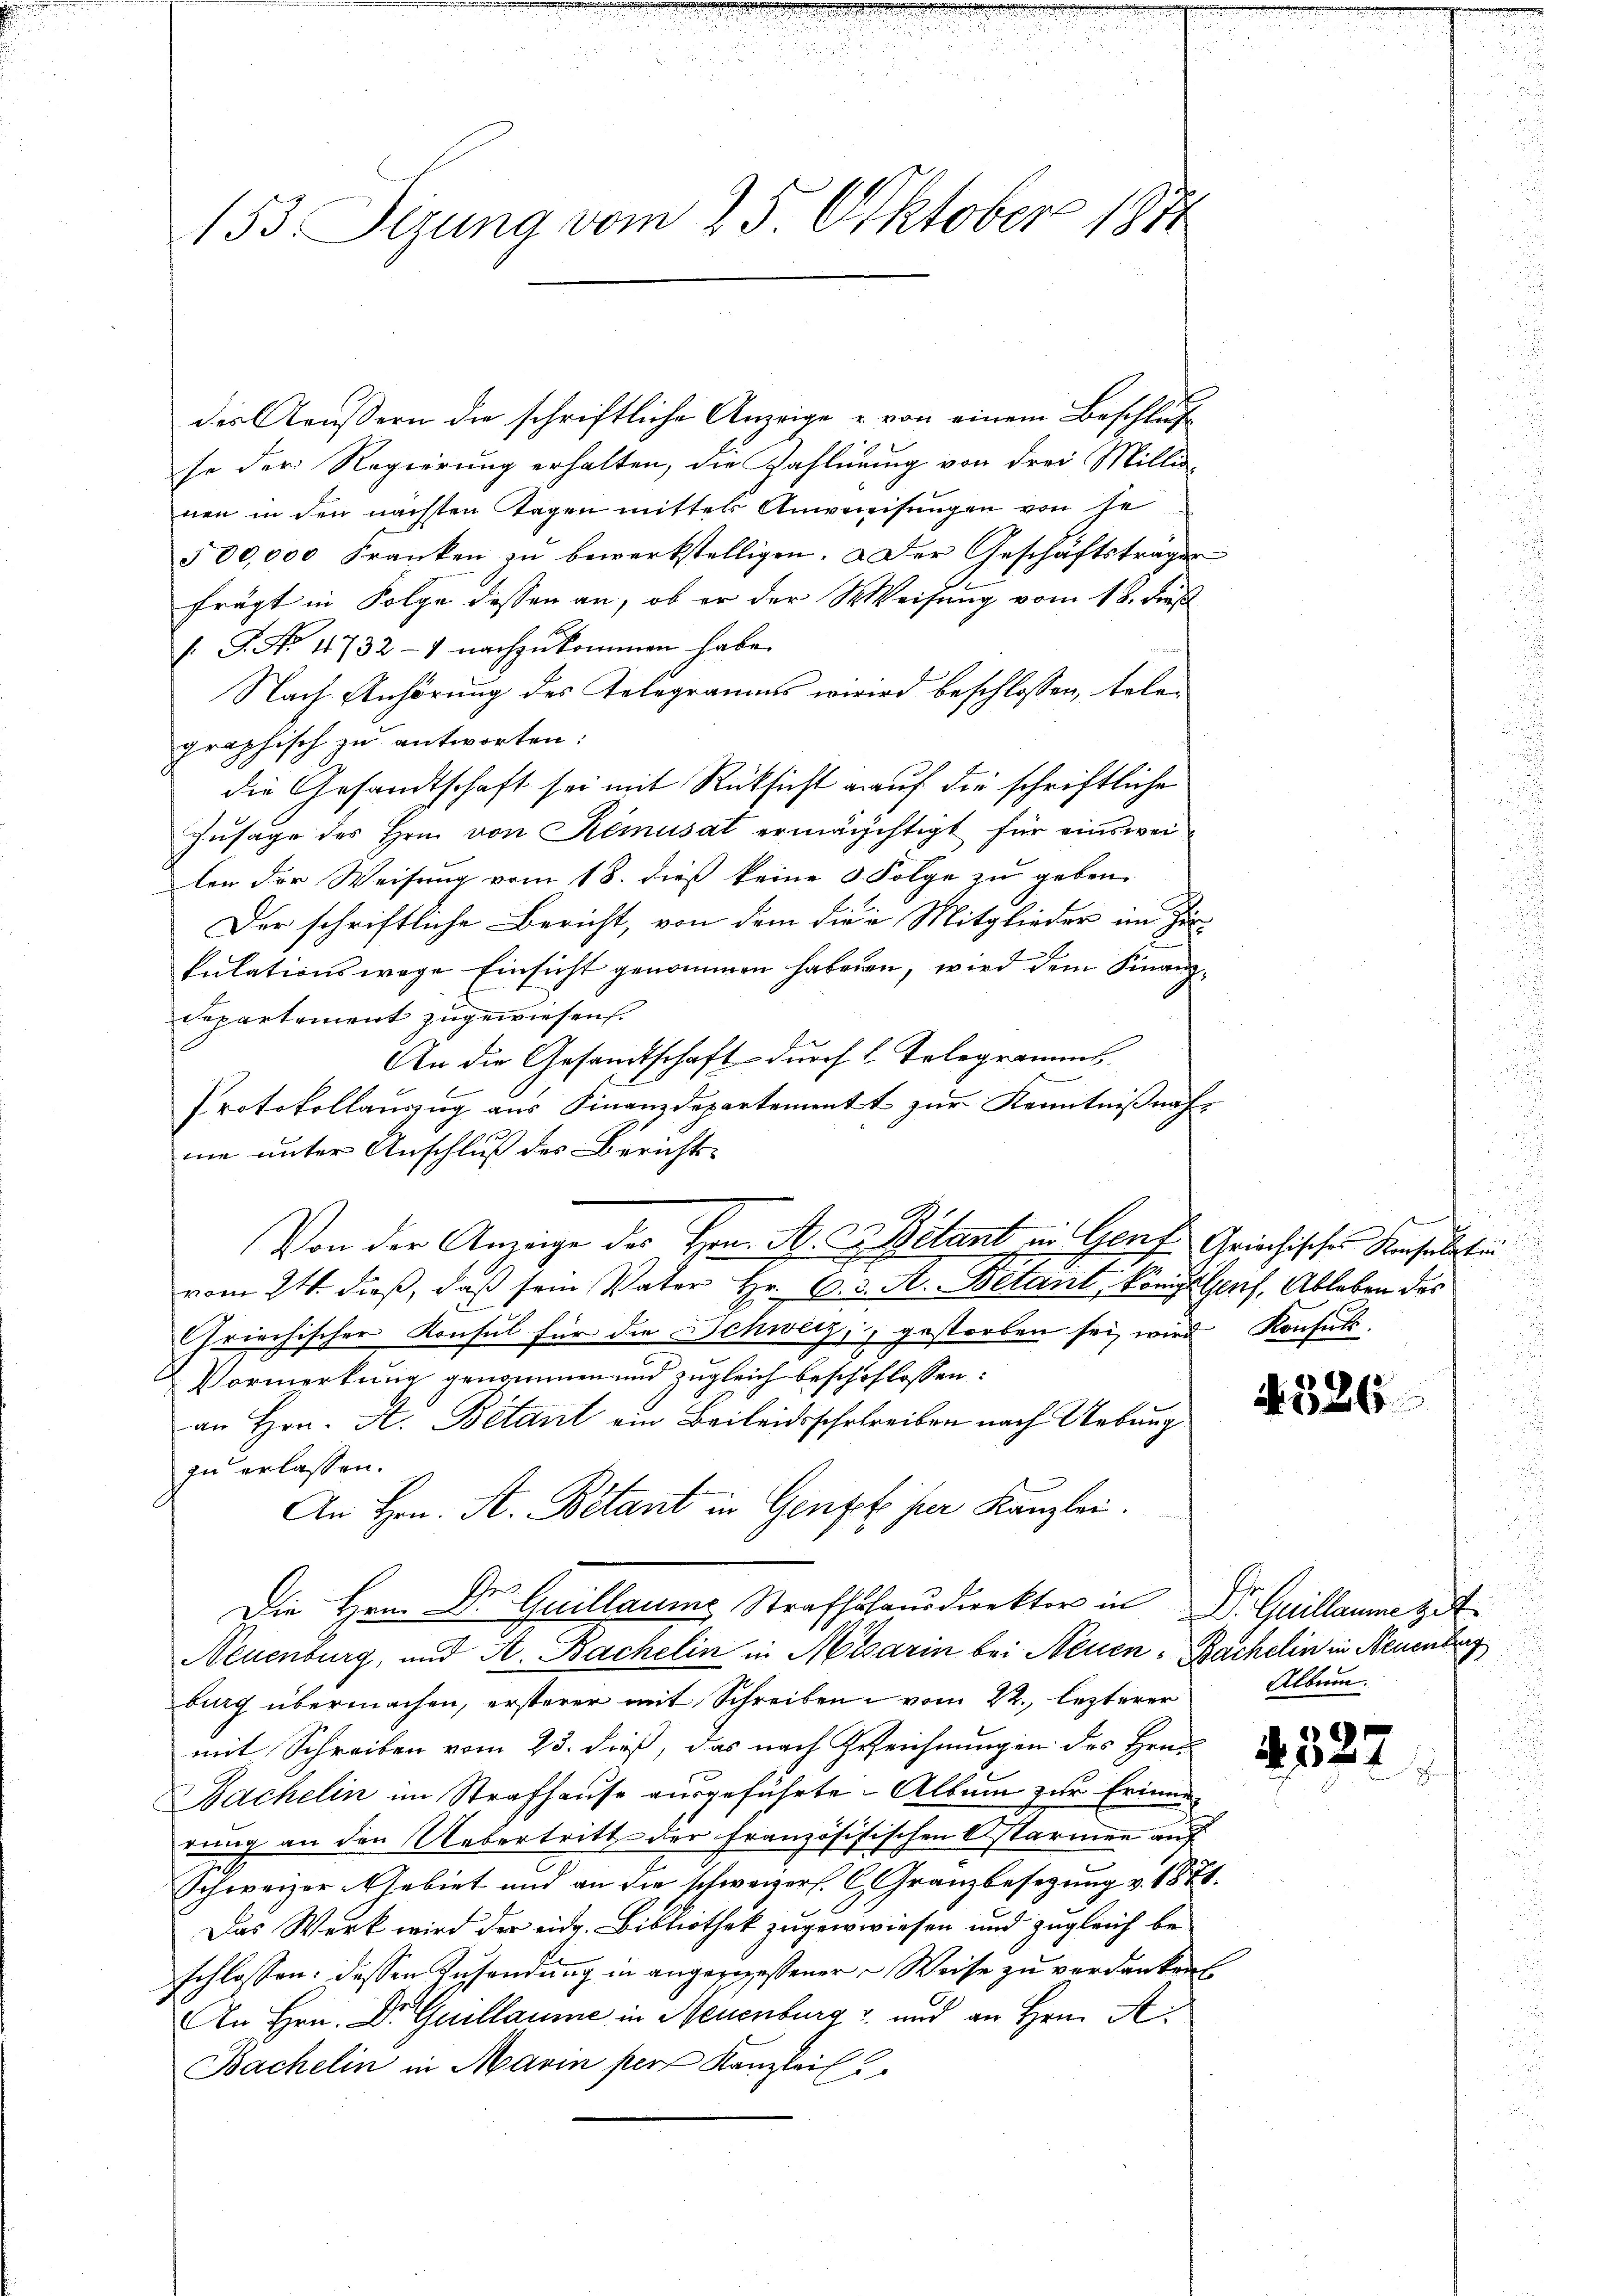
153. Sizung vom 25. Oktober 1871

dis aussern die schriftliche Anzeige u von einem Beschluss
se der Regierung erhalten, die Zahlung von drei Millig-
nen in den nächsten Tagen mittels Anweisungen von se
500,000 Franken zŭ bewerkstelligen. Der Geschäftsträger
frägt in Folge dessen an, ob er der Weisung vom 18. dieß
/. P. No. 41732-4 nachzukommen habe.
Nach Anhörung des Kologramms wird beschlossen, telen
graphisch zu antworten:
die Gesandtschaft sei mit Rücksicht auf die schriftliche
Zusage des Hrn. von Remusat ermächtigt für einsweilen der Weisung vom 18. dieß keine 5 Folge zu geben.
Der schriftliche Bericht, von dem die Mitglieder im Zu¬
E.
kulationswege Einsicht genommen habenen, wird dem Finanzdepartement zugewiesen.
An die Gesandtschaft durch L. Telegramms
Protokollauszug aus Finanzdepartement zur Kenntnißnahne unter Anschluß des Berichts-
Von der Anzeige des Hrn. A. c. Bétant an Gerich Griechisches Konsulate
vom 24. dieβ, daβ sein Vater Hr. C. 3. A. Bétant, königl Genf, Ableben des
Griechischer Konsul für die Schweiz, gestorben sei, wird Konsuls.
Vormerkung genommen und zugleich beschöflossen:
an Hrn. A. Bétant ein Beileidsschreiben nach Uebung
zu erlassen.
An Hrn. A. Botant in Genze her Kanzlei.
Die Hrn. Dr Guillaume Strafhshausdirektor in P. Quillaume zit.
Neuenburg, und A. Bachelin in Misarin bei Neuen - Bachelin in Neuenburg
burg übermachen, ersterer mit Schreiben vom 22. lezterer
mit Schreiben vom 23. dieß, das nach Zezeichnungen des Hrn.
Bachelin im Strafhause ausgeführte Album zur Erinne
rung an den Uebertritt der Französistischen Ostarmen auf
Schweizer-Nebiet und an die schweizer. C. Granzbesetzung v. 1871.
Das Werk wird der eidg. Bibliothek zugewiesen und zugleich be-
schlossen: dessen Zusendung in angemessener Weise zu verdanken
An Hrn. Dr Guillaume in Neuenburg und an Hrn. A
Bachelin in Marin per Kanzlei

N526

Album.

¬
 12 x